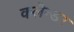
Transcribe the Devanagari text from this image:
कलैन्डर